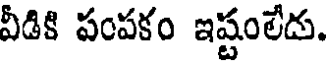
వీడికి పంపకం ఇష్టంలేదు.